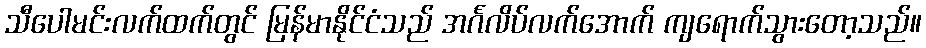
သီပေါမင်းလက်ထက်တွင် မြန်မာနိုင်ငံသည် အင်္ဂလိပ်လက်အောက် ကျရောက်သွားတော့သည်။